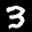
Label: 3